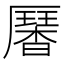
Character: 𠫁